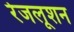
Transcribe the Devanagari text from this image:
रेजलूशन